Scottish Certificate of Education, 1962
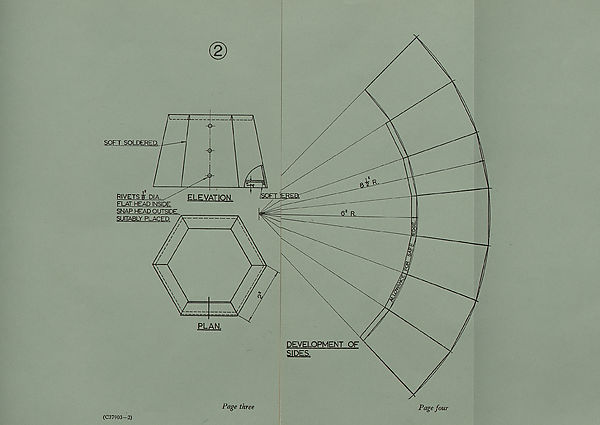
(D
(C37903—2)
Page three
DEVELOPMENT OF
SIDES,
Page four